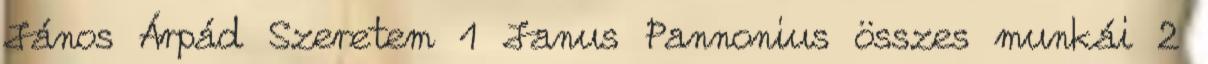
János Árpád Szeretem 1 Janus Pannonius összes munkái 2